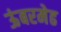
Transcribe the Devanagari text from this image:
ऊंबरमेढ